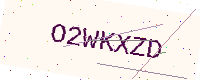
Text: O2WKXZD